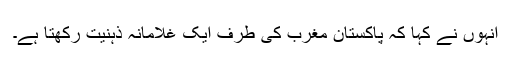
انہوں نے کہا کہ پاکستان مغرب کی طرف ایک غلامانہ ذہنیت رکھتا ہے۔